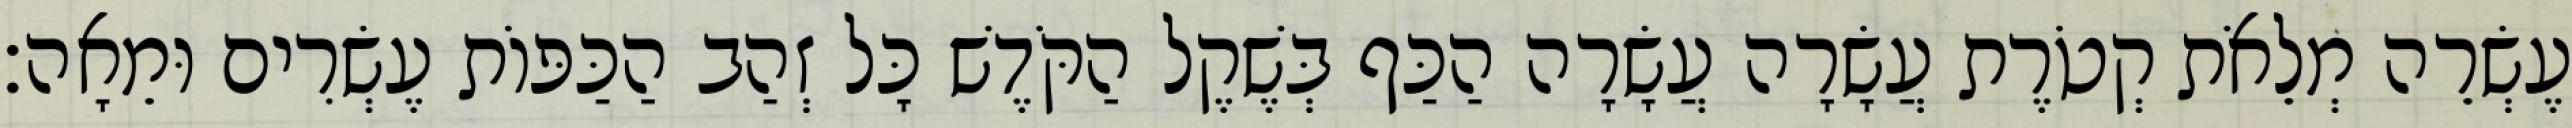
עֶשְׂרֵה מְלֵאֹת קְטֹרֶת עֲשָׂרָה עֲשָׂרָה הַכַּף בְּשֶׁקֶל הַקֹּדֶשׁ כָּל זְהַב הַכַּפּוֹת עֶשְׂרִים וּמֵאָה׃